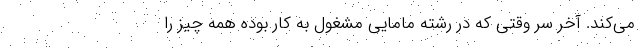
می‌کند. آخر سر وقتی که در رشته مامایی مشغول به کار بوده همه چیز را